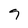
Character: 7